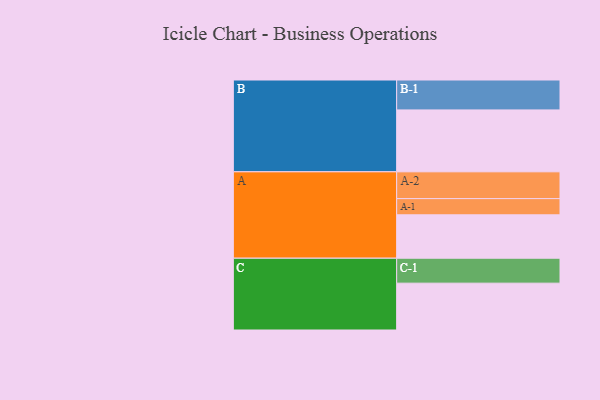
{"axis": {"x": "Segment", "y": "Value"}, "legend": ["", "A", "B", "C"], "data": [{"x": "A", "y": 418, "type": ""}, {"x": "B", "y": 596, "type": ""}, {"x": "C", "y": 451, "type": ""}, {"x": "A-1", "y": 156, "type": "A"}, {"x": "A-2", "y": 258, "type": "A"}, {"x": "B-1", "y": 288, "type": "B"}, {"x": "C-1", "y": 240, "type": "C"}]}